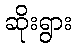
ဆိုးရွား